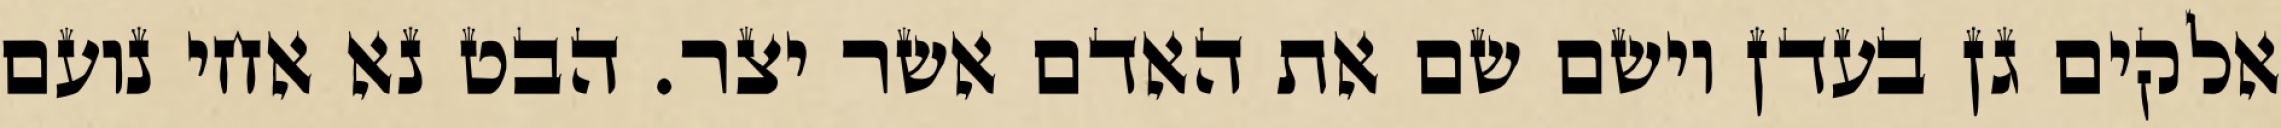
אלקים גן בעדן וישם שם את האדם אשר יצר. הבט נא אחי נועם